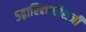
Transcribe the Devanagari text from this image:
५द्वारिकाधीशजी